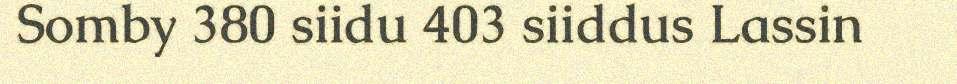
Somby 380 siidu 403 siiddus Lassin